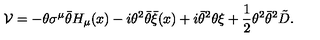
{ \cal V } = - \theta \sigma ^ { \mu } \bar { \theta } H _ { \mu } ( x ) - i \theta ^ { 2 } \bar { \theta } \bar { \xi } ( x ) + i \bar { \theta } ^ { 2 } \theta \xi + \frac { 1 } { 2 } \theta ^ { 2 } \bar { \theta } ^ { 2 } \tilde { D } .